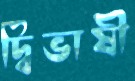
দ্বিভাষী